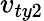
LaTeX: v_{ty2}